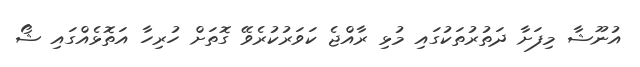
އުނޫޝާ މިފަށާ ދަތުރުތަކުގައި މުޅި ރާއްޖެ ކަވަރުކުރެވޭ ގޮތަށް ހުރިހާ އަތޮޅެއްގައި ޝޯ